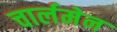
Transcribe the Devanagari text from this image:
चार्लमेन